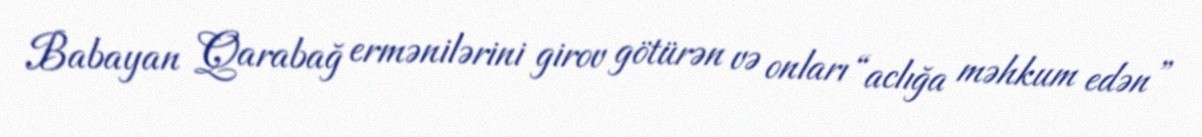
Babayan Qarabağ ermənilərini girov götürən və onları “aclığa məhkum edən”